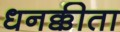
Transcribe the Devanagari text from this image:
धनक्कीता